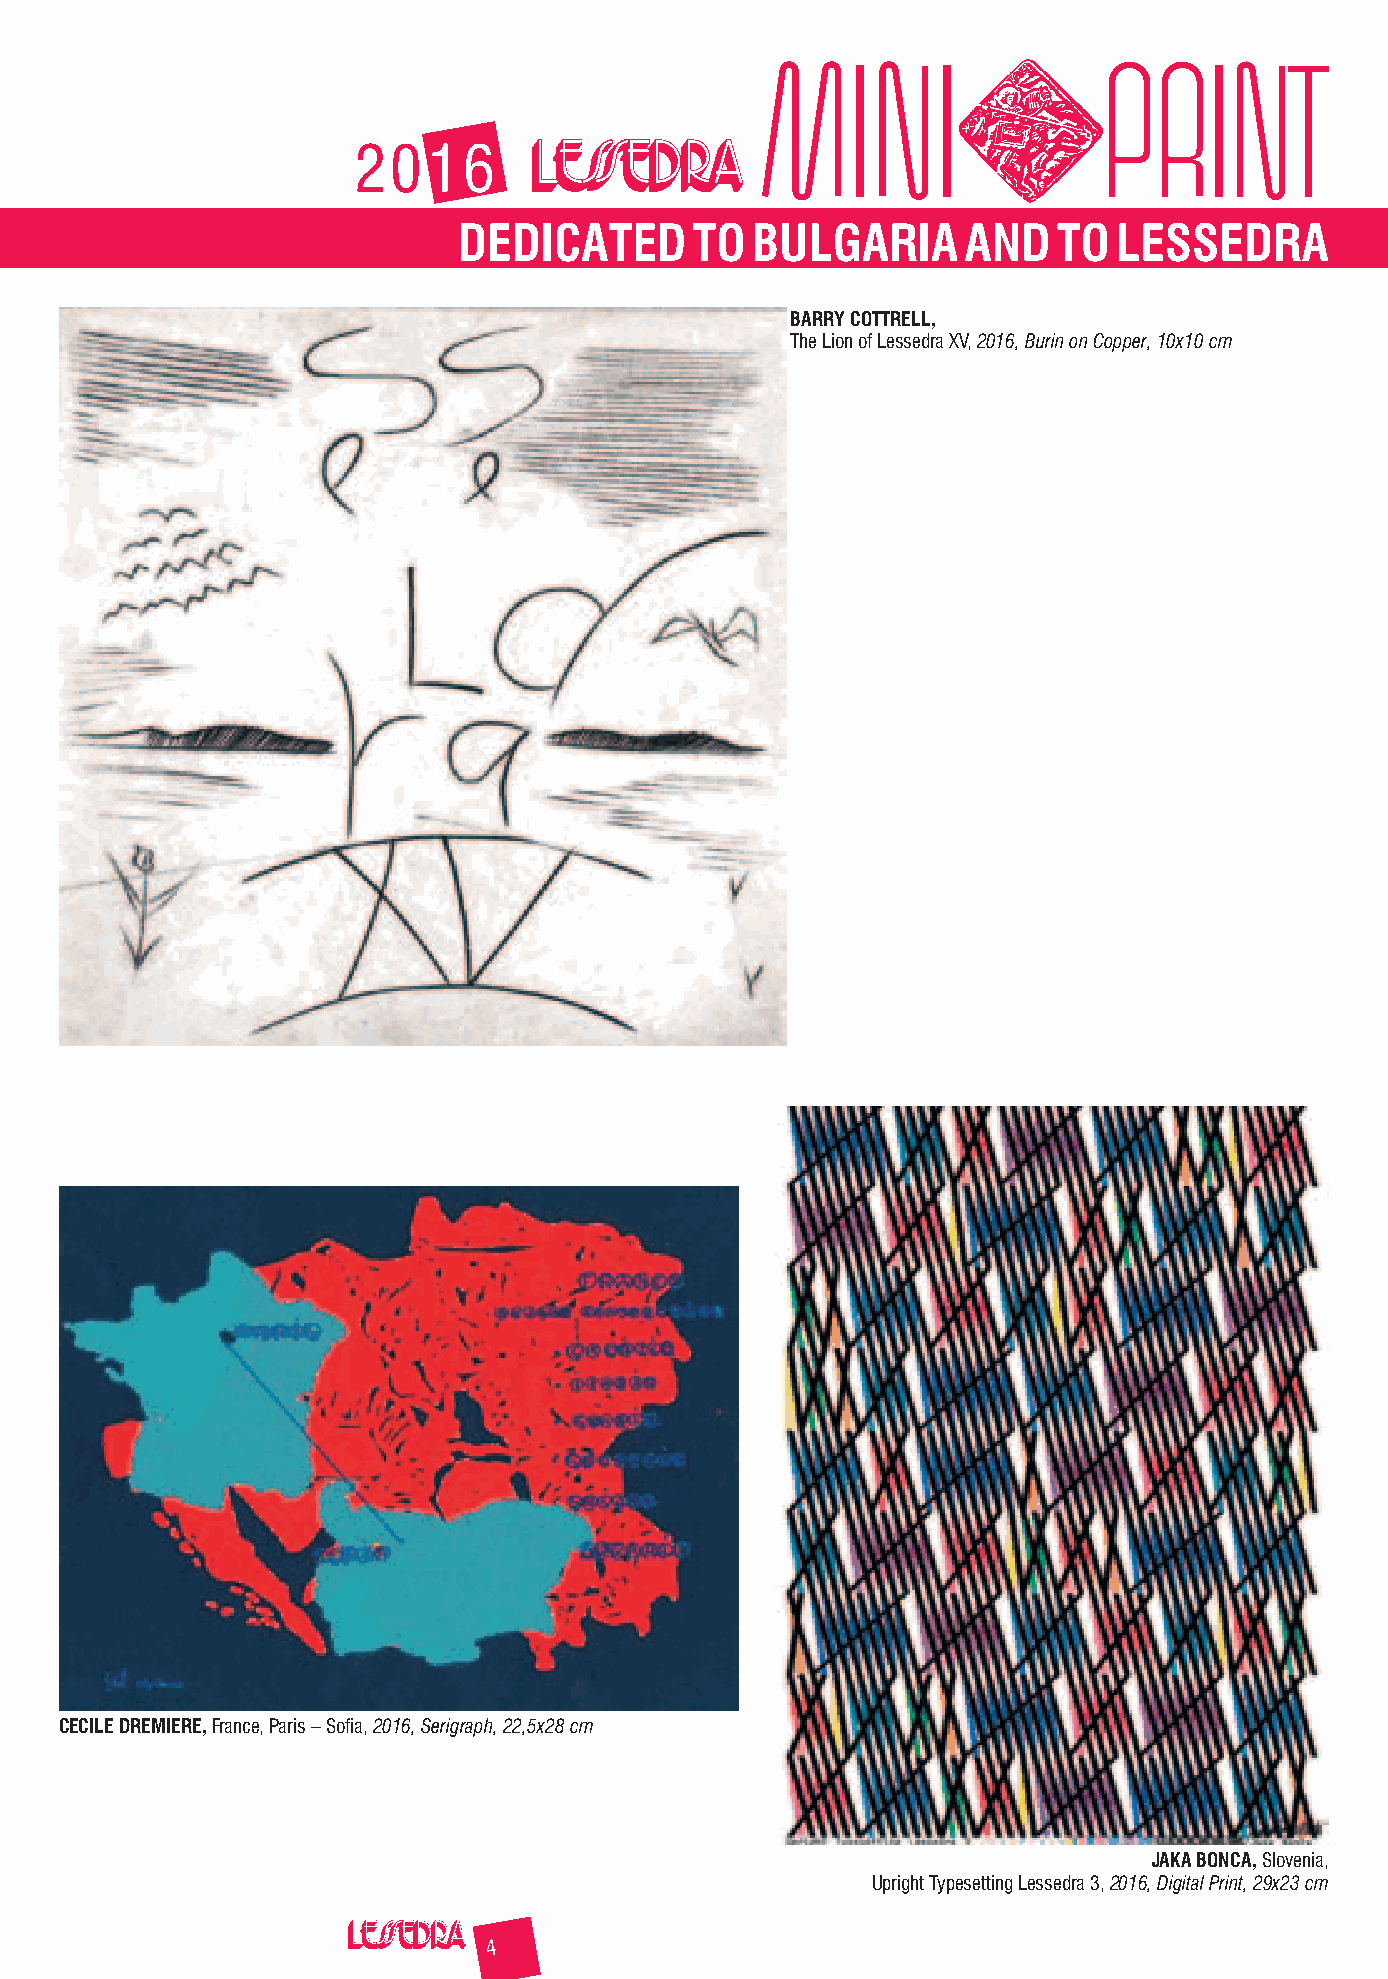
2016
 DEDICATED       TO  BULGARIA      AND   TO  LESSEDRA
 BARRY COTTRELL,
 The Lion of Lessedra XV, 2016, Burin on Copper, 10x10 cm
 CECILE DREMIERE, France, Paris – Sofia, 2016, Serigraph, 22,5x28 cm
 JAKA BONCA, Slovenia,
 Upright Typesetting Lessedra 3, 2016, Digital Print, 29x23 cm
 4